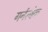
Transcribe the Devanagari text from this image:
गर्नस्बेक